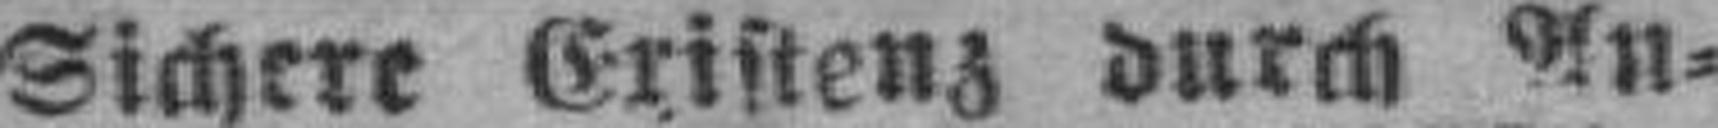
Sichere Existenz durch An¬